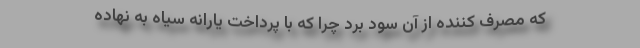
که مصرف کننده از آن سود برد چرا که با پرداخت یارانه سیاه به نهاده